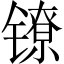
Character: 镣